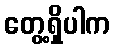
တွေ့ရှိပါက